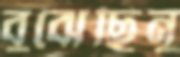
বুঝেছিনু